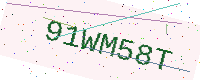
Text: 91WM58T